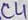
Text: C4